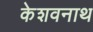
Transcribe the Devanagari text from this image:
केशवनाथ